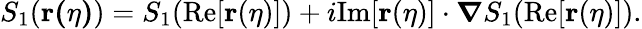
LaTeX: \begin{array}{r}{S_{1}(\mathbf{r(\eta)})=S_{1}(\mathrm{Re}[\mathbf{r}(\eta)])+i\mathrm{Im}[\mathbf{r}(\eta)]\cdot{\boldsymbol\nabla}S_{1}(\mathrm{Re}[\mathbf{r}(\eta)]).}\end{array}